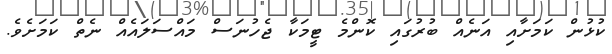
ކުުޅުން ކަމަށާއި އަނެއް ބުރުގައި ކޮންމެ ޓީމަކާ ޖެހުނަސް މައްސަލައެއް ނެތް ކަަމަށެވެ.